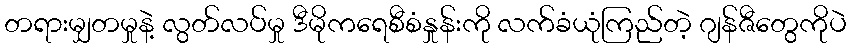
တရားမျှတမှုနဲ့ လွတ်လပ်မှု ဒီမိုကရေစီစံနှုန်းကို လက်ခံယုံကြည်တဲ့ ဂျန်ဇီတွေကိုပဲ